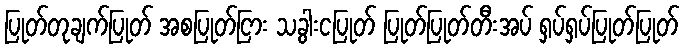
ပြုတ်တုချက်ပြုတ် အစပြုတ်ငြား သခွါးငပြုတ် ပြုတ်ပြုတ်တီးအပ် ရှပ်ရှပ်ပြုတ်ပြုတ်